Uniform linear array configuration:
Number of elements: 24
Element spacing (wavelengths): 1
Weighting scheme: cosine
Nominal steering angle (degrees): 45
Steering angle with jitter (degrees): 46.339
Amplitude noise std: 0.05
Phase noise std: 0.05

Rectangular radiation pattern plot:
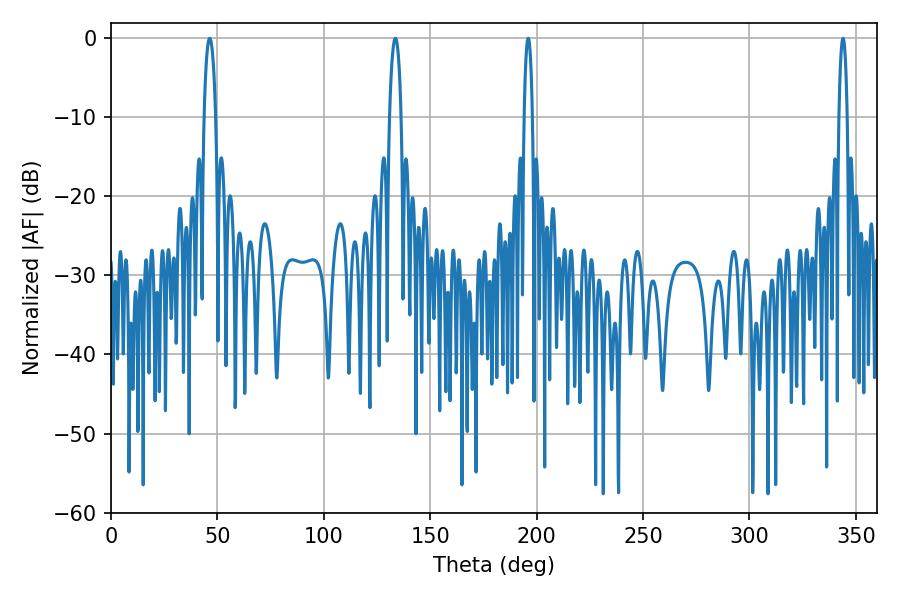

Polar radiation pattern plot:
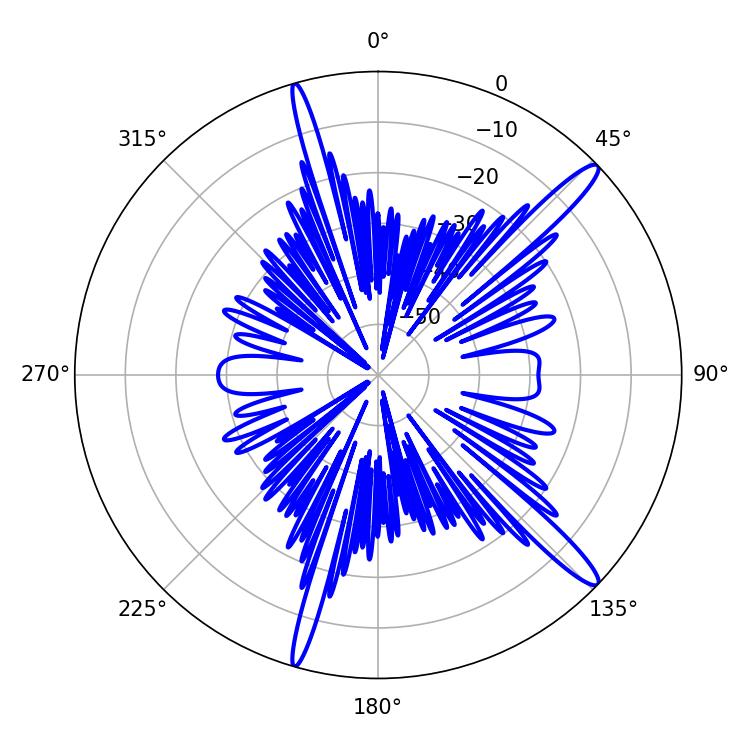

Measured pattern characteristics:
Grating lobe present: TRUE
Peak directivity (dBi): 14.95
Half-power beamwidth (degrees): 2.16
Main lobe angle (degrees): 196.02